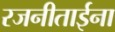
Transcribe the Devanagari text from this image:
रजनीताईना